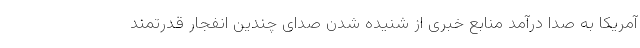
آمریکا به صدا درآمد منابع خبری از شنیده شدن صدای چندین انفجار قدرتمند